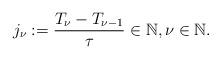
LaTeX: \begin{align*} j_{\nu}:=\frac{{T_{\nu}-T_{\nu-1}}}{\tau}\in\mathbb{N}, \nu\in\mathbb{N}.\end{align*}